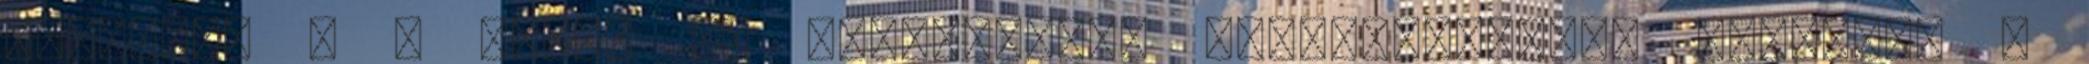
kerestél - a neten is próbálkozol gyakorlatokkal meglelni a